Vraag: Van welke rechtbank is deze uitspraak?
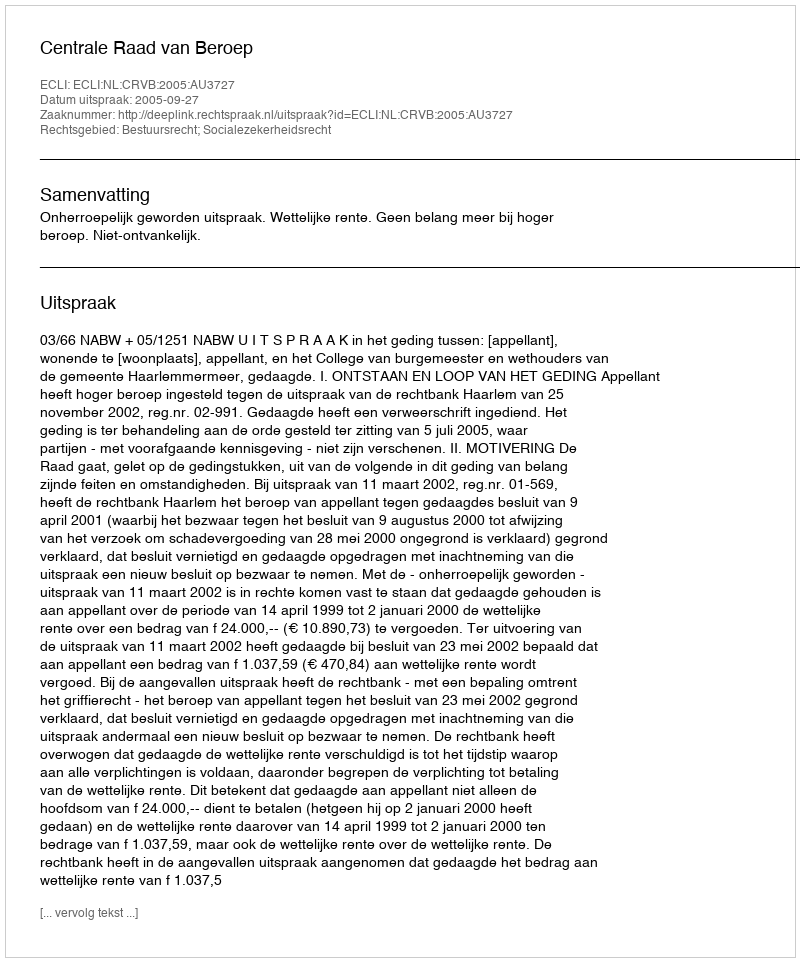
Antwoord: Centrale Raad van Beroep